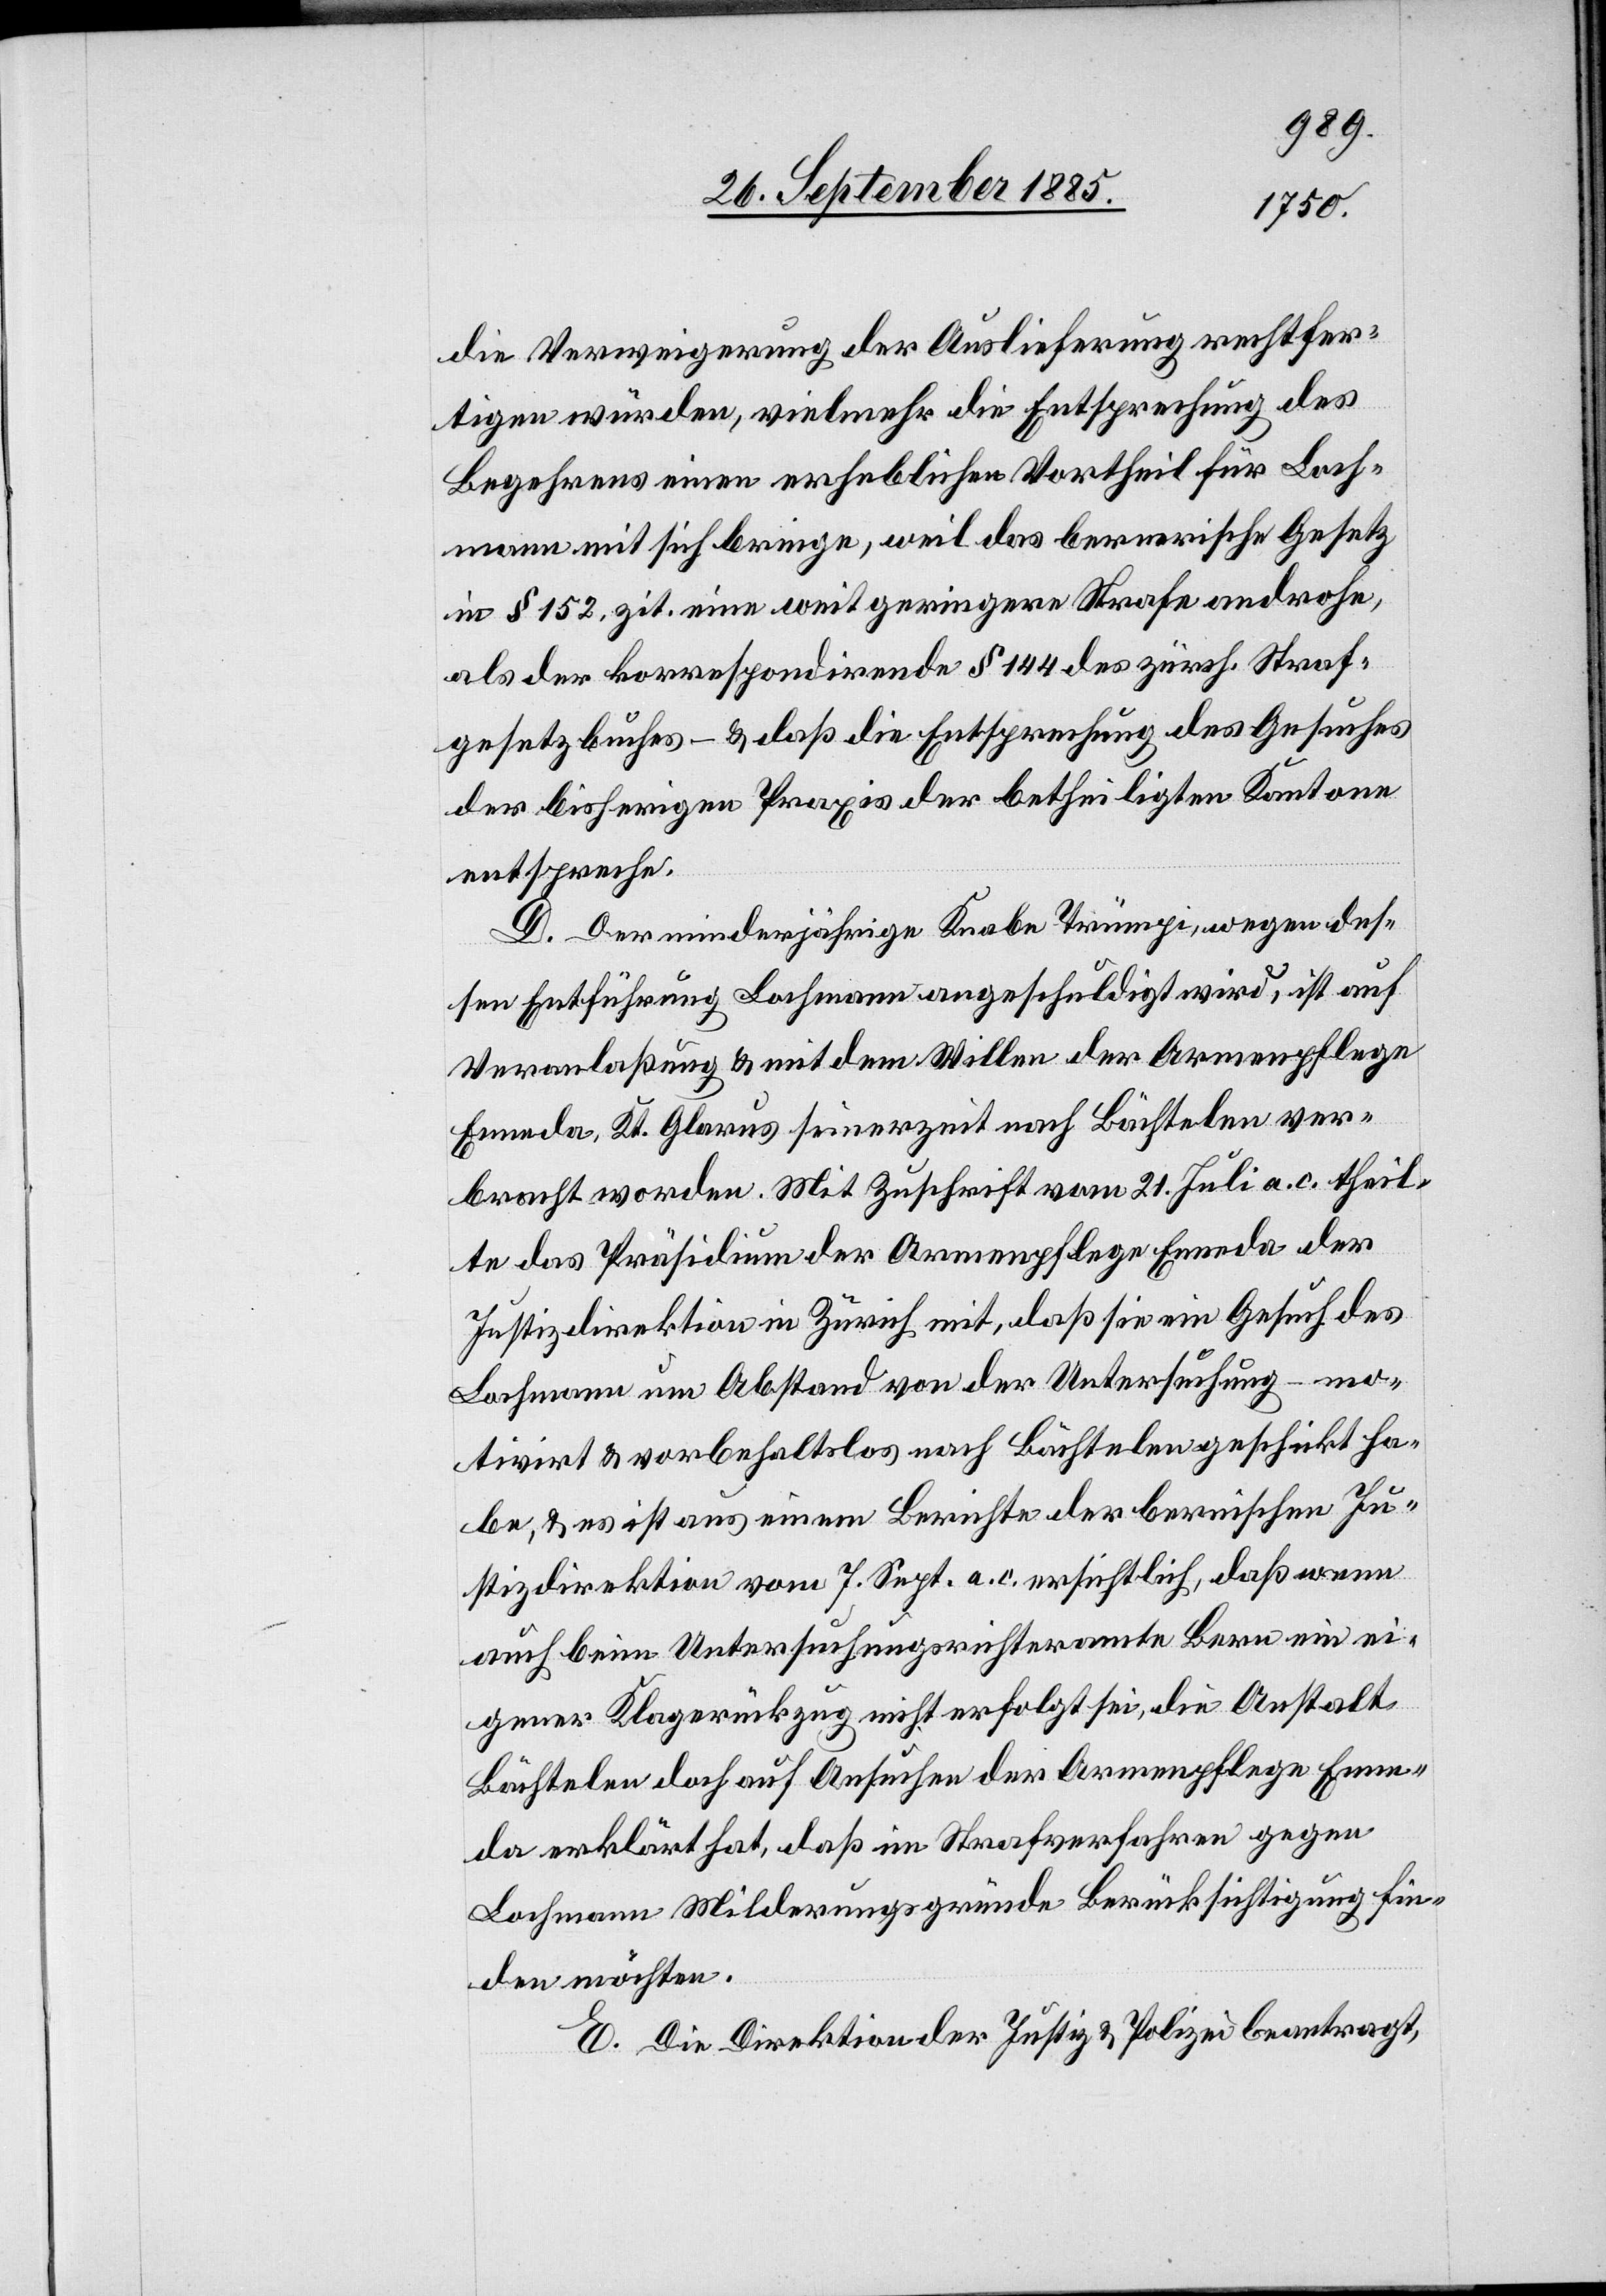
die Verweigerung der Auslieferung rechtfer¬
tigen würden, vielmehr die Entsprechung des
Begehrens einen erheblichen Vortheil für Loch¬
mann mit sich bringe, weil das bernerische Gesetz
in § 152, zit. eine weit geringere Strafe androhe,
als der korrespondirende § 144 des zürch. Straf¬
gesetzbuches – & daß die Entsprechung des Gesuches
der bisherigen Praxis der betheiligten Kantone
entspreche.
D. Der minderjährige Knabe Trümpi, wegen des¬
sen Entführung Lochmann angeschuldigt wird, ist auf
Veranlaßung & mit dem Willen der Armenpflege
Enenda, Kt. Glarus seinerzeit nach Bächtelen ver¬
bracht worden. Mit Zuschrift vom 21. Juli a. c. theil¬
te das Präsidium der Armenpflege Enenda der
Justizdirektion in Zürich mit, daß sie ein Gesuch des
Lochmann um Abstand von der Untersuchung – mo¬
tivirt & vorbehaltlos nach Bächtelen geschickt ha¬
be, & es ist aus einem Berichte der bernischen Ju¬
stizdirektion vom 7. Sept. a. c. ersichtlich, daß wenn
auch beim Untersuchungsrichteramte Bern ein ei¬
gener Klagerückzug nicht erfolgt sei, die Anstalt
Bächtelen doch auf Ansuchen der Armenpflege Enen¬
da erklärt hat, daß im Strafverfahren gegen
Lochmann Milderungsgründe Berücksichtigung fin¬
den möchten.
E. Die Direktion der Justiz & Polizei beantragt,